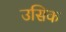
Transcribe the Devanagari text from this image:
उसिक